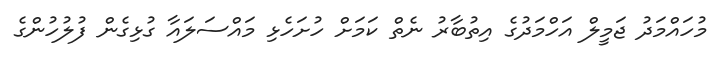
މުހައްމަދު ޖަމީލް އަހްމަދުގެ އިތުބާރު ނެތް ކަމަށް ހުށަހެޅި މައްސަލައާ ގުޅިގެން ފުލުހުންގެ